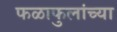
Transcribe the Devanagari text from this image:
फळाफुलांच्या